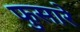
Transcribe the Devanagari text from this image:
फुसारे